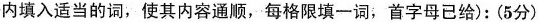
内填入适当的词,使其内容通顺,每格限填一词,首字母已给):(5分)